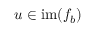
u \in \mathrm { i m } ( f _ { b } )